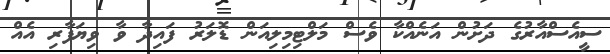
ސީއެސްއާރުގެ ދަށުން އަނެއްކާ ވެސް މަލްޓިމިލިއަން ޑޮލަރު ފައިދާ ވާ ވިޔަފާރި އެއް